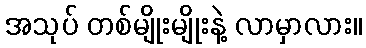
အသုပ် တစ်မျိုးမျိုးနဲ့ လာမှာလား။